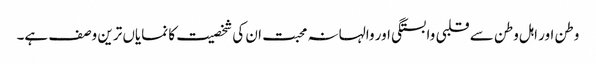
وطن اور اہل وطن سے قلبی وابستگی اور والہانہ محبت ان کی شخصیت کا نمایاں ترین وصف ہے۔